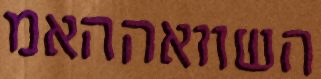
השוואההאמ